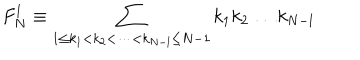
LaTeX: F _ { N } ^ { l } \equiv \sum _ { 1 \leq k _ { 1 } < k _ { 2 } < \dots < k _ { N - l } \leq N - 1 } k _ { 1 } k _ { 2 } \dots k _ { N - l }